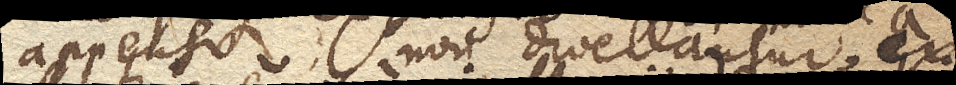
appenso non divellantur ex iisdem causis